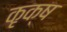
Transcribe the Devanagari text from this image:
कृक्ष